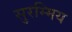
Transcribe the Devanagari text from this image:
सुरम्मिय